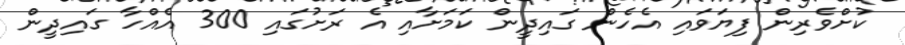
ކުށްވެރިން ފިޔަަވައި އެހެން ގައިދީން ކަމަށާއި އެ ރަށުގައި 300 އެއްހާ ގައިދީން